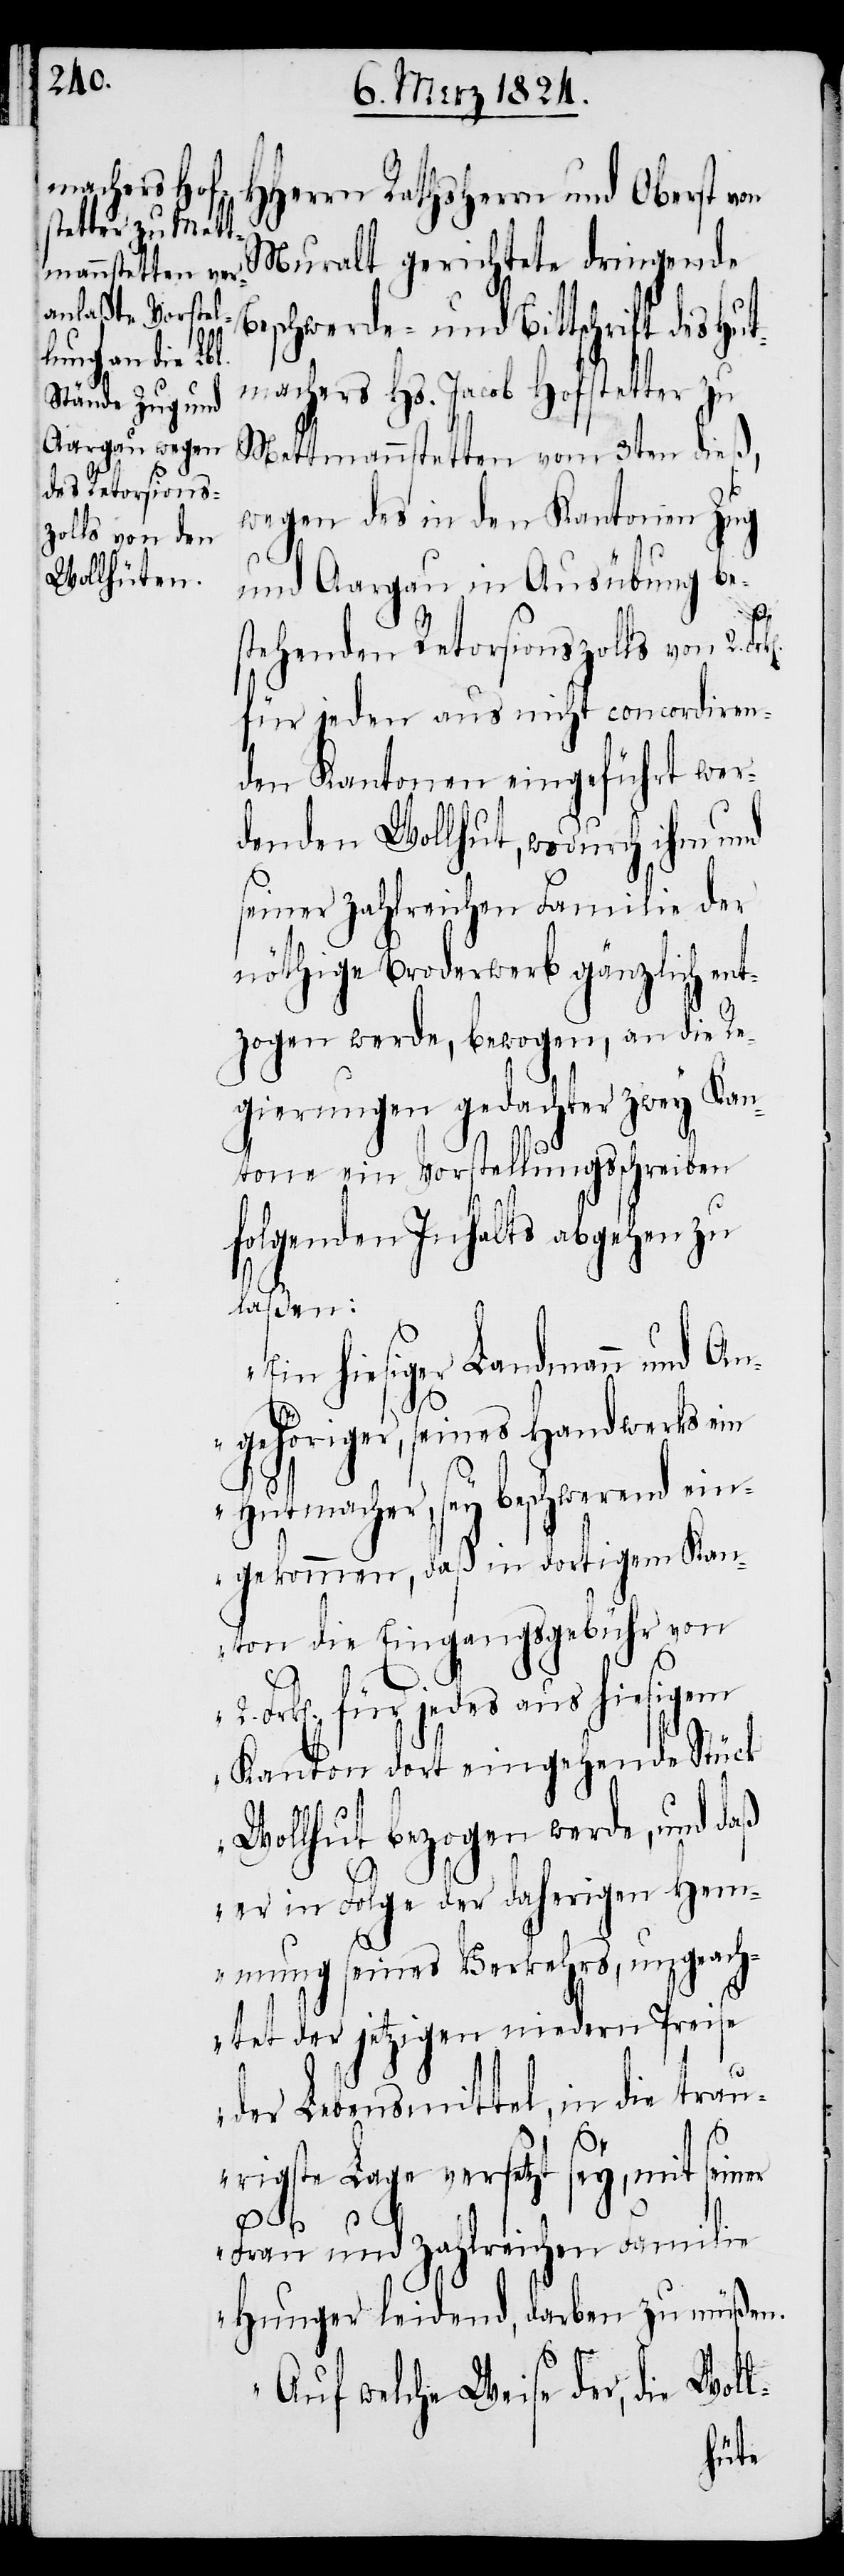
Muralt gerichtete dringende
Beschwerde- und Bittschrift des Hut¬
machers Hs. Jacob Hofstetter zu
Mettmannstetten vom 3ten dieß,
wegen des in den Kantonen Zug
und Aargau in Ausübung be¬
stehenden Retorsionszolls von 2.
für jeden aus nicht concordiren¬
den Kantonen eingeführt wer¬
denden Wollhut, wodurch ihm und
seiner zahlreichen Familie der
nöthige Broderwerb gänzlich ent¬
zogen werde, bewogen, an die Re¬
gierungen gedachter zwey Kan¬
tone ein Vorstellungsschreiben
folgenden Inhalts abgehen zu
laßen:
in hiesiger Landmann und An¬
gehöriger, seines Handwerks ein
Hutmacher, sey beschwerend ein¬
gekommen, daß in dortigem Kan¬
ton die Eingangsgebühr von
Frk[en]. für jedes aus hiesigem
Kanton dort eingehende Stück
Wollhut bezogen werde, und daß
er in Folge der daherigen Hem¬
mung seines Verkehrs, ungeach¬
tet der jetztigen niedern Preise
der Lebensmittel, in die trau¬
rigste Lage versetzt sey, mit sein¬
er
Frau und zahlreichen Familie
Hunger leidend, darben zu müßen.
Woll-
Auf welche Weise der, die